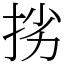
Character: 挘